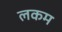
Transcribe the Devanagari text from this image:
लकम